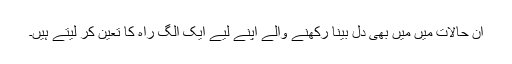
ان حالات میں میں بھی دل بینا رکھنے والے اپنے لیے ایک الگ راہ کا تعین کر لیتے ہیں۔